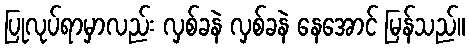
ပြုလုပ်ရာမှာလည်း လှစ်ခနဲ လှစ်ခနဲ နေအောင် မြန်သည်။